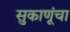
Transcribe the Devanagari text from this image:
सुकाणूंचा